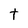
Character: t